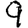
Digit: 9